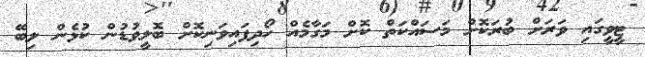
ޓީވީގައި ވަރަށް ބުރަކޮށް މަސައްކަތް ކޮށް މަގާމެއް ހޯދިފައިވަނިކޮށް ބޮލީވުޑުން ކުޅެން ލިބޭ